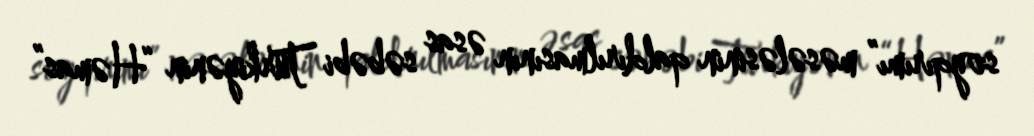
soyqırımı” məsələsinin qaldırılmasının əsas səbəbi Türkiyənin “Həmas”